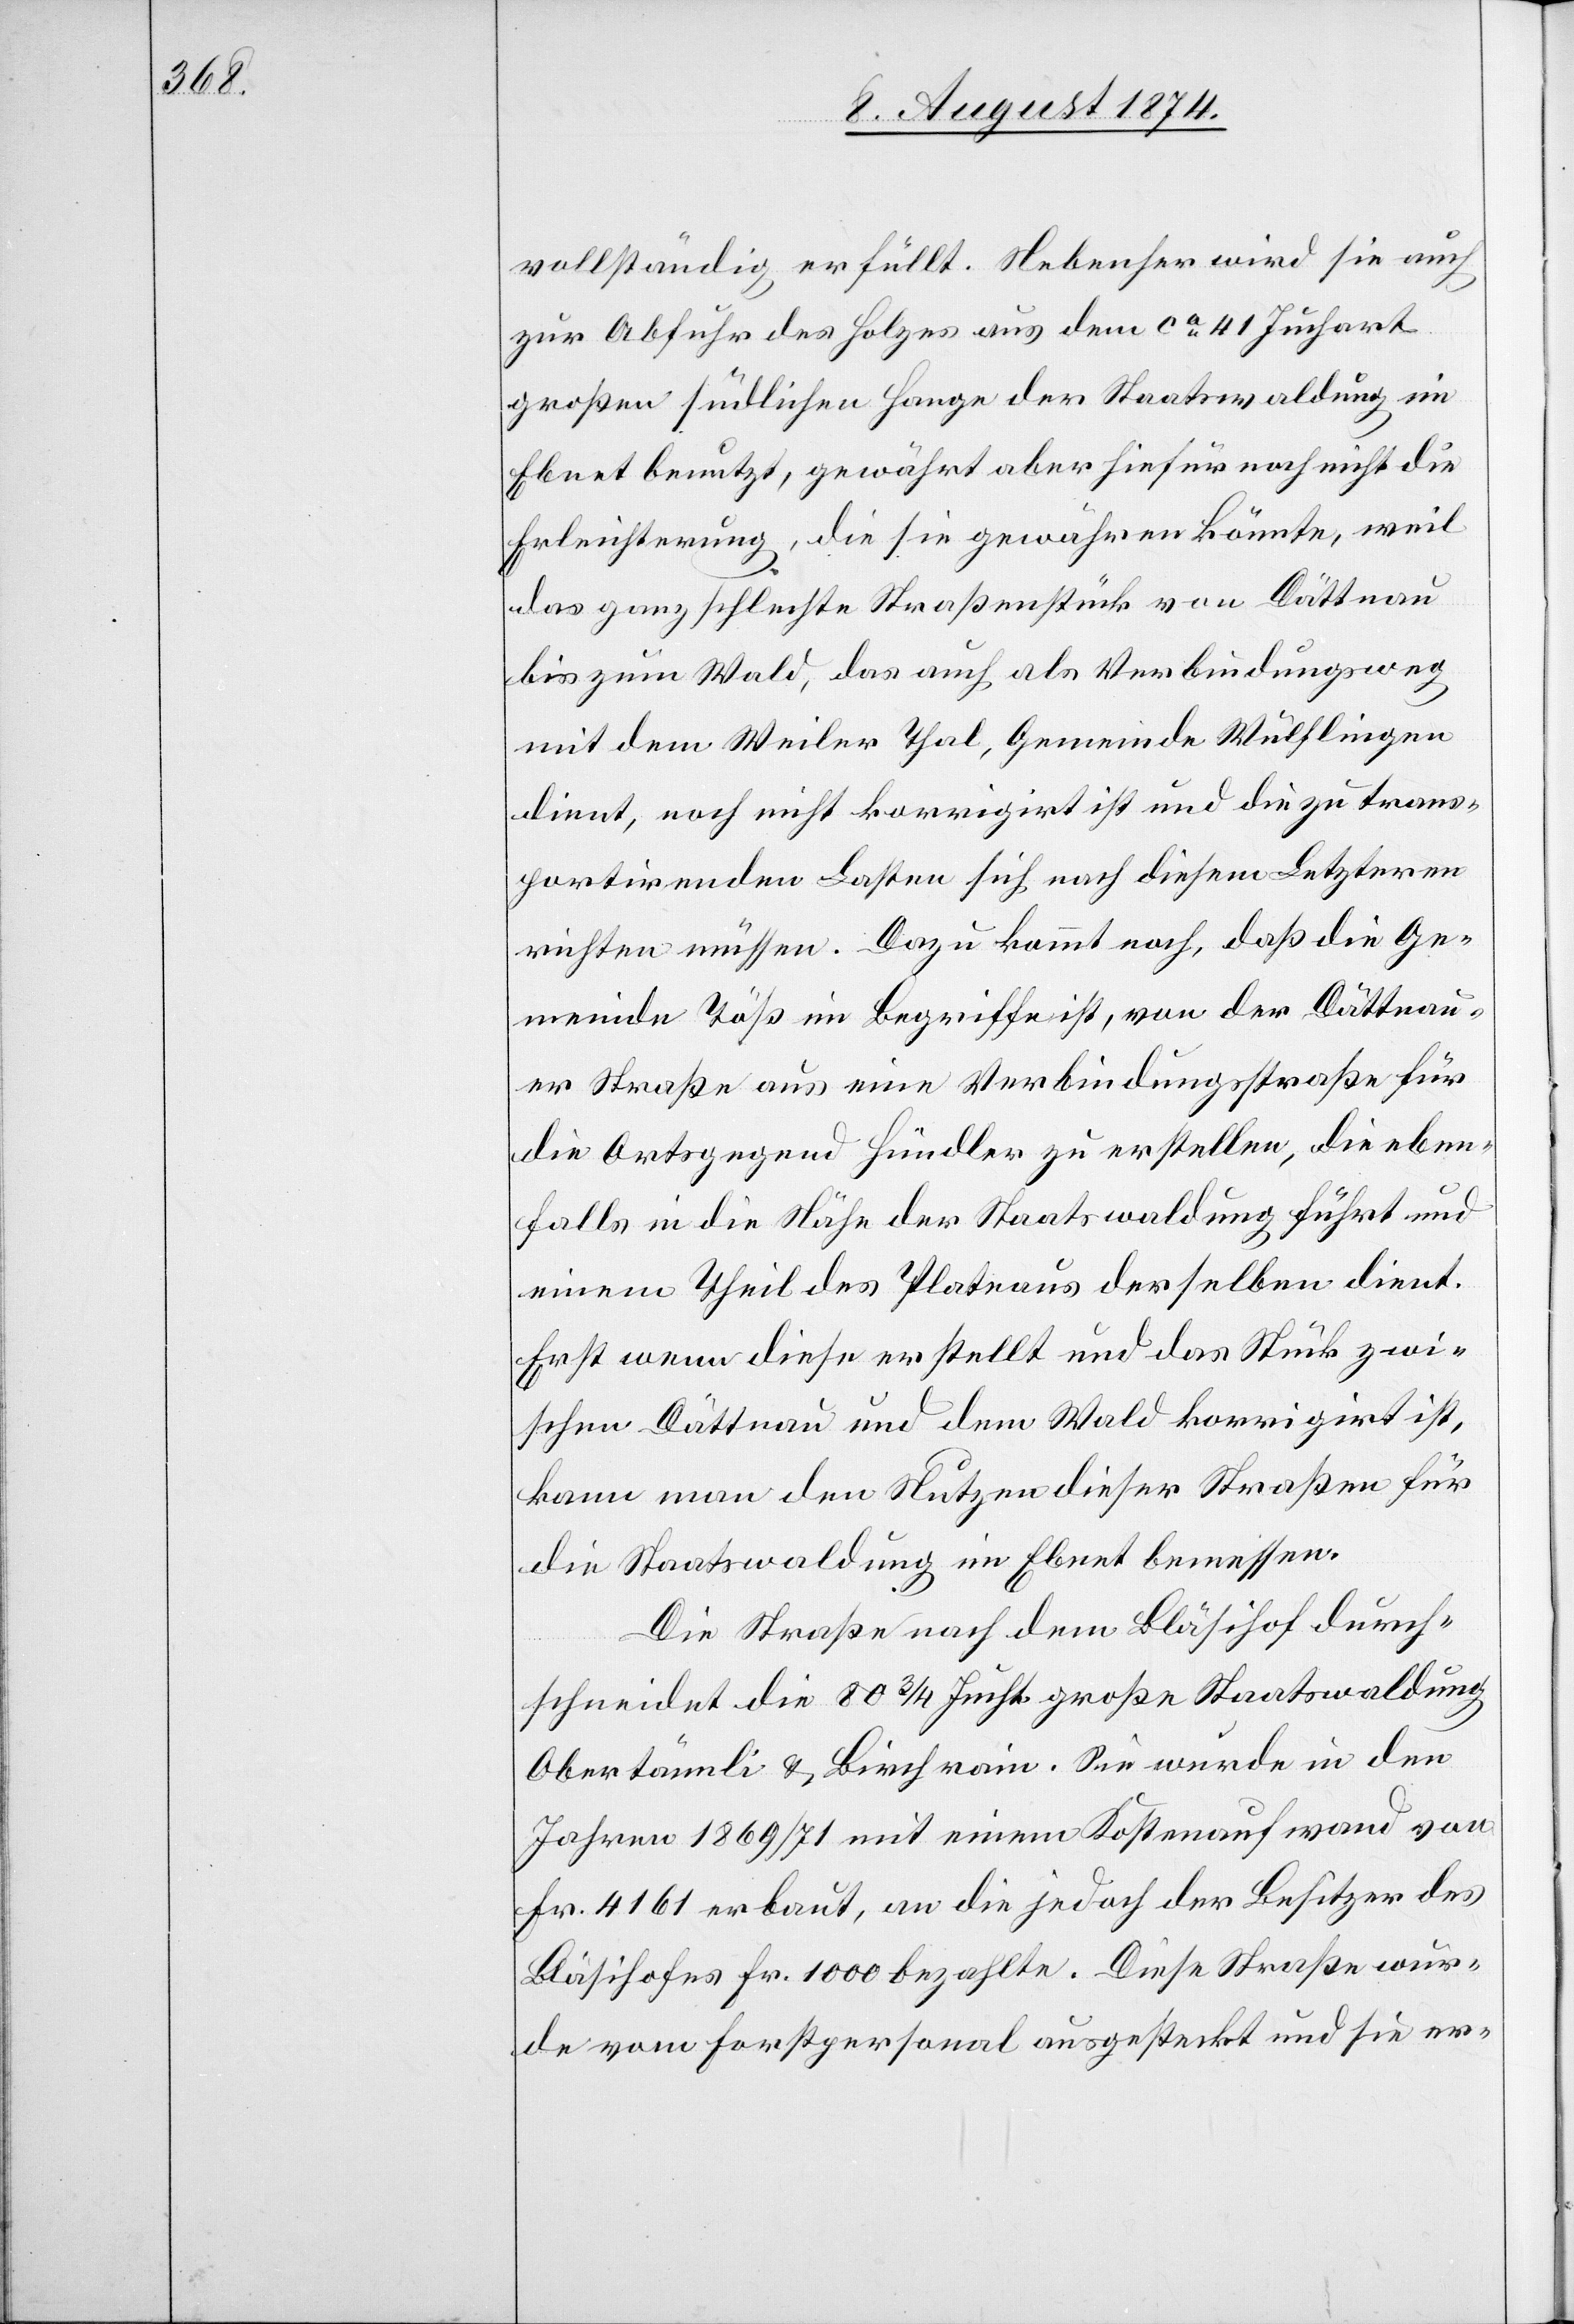
vollständig erfüllt. Nebenher wird sie auch
zur Abfuhr des Holzes aus dem ca 41 Juchart
großen südlichen Hange der Staatswaldung im
Ebnet benutzt, gewährt aber hiefür noch nicht die
Erleichterung, die sie gewähren könnte, weil
das ganz schlechte Straßenstück von Dättnau
bis zum Wald, das auch als Verbindungsweg
mit dem Weiler Thal, Gemeinde Wülflingen[,]
dient, noch nicht korrigirt ist und die zu trans¬
portirenden Lasten sich nach diesem Letztern
richten müssen. Dazu kommt noch, daß die Ge¬
meinde Töß im Begriffe ist, von der Dättnau¬
er Straße aus eine Verbindungsstraße für
die Ortsgegend Hündler zu erstellen, die eben¬
falls in die Nähe der Staatswaldungen führt und
einem Theil des Plateaus derselben dient.
Erst wenn diese erstellt und das Stück zwi¬
schen Dättnau und dem Wald korrigirt ist,
kann man den Nutzen dieser Straßen für
die Staatswaldung im Ebnet bemessen.
Die Straße nach dem Bläsihof durch¬
schneidet die 80 3/4 Jucht. große Staatswaldung
Obertännli u. Birchrain. Sie wurde in den
Jahren 1869/71 mit einem Kostenaufwand von
Fr. 4161 erbaut, an die jedoch der Besitzer des
Bläsihofes Fr. 1000 bezahlte. Diese Straße wur¬
de vom Forstpersonal ausgesteckt und sie er-